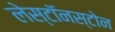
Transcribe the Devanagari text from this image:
लेस्टॉनस्टोन